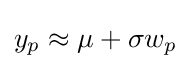
y_{p}\approx \mu +\sigma w_{p}